Report on the bubonic plague in Bombay, 1896-1897
Year: 1896
Disease focus: Plague
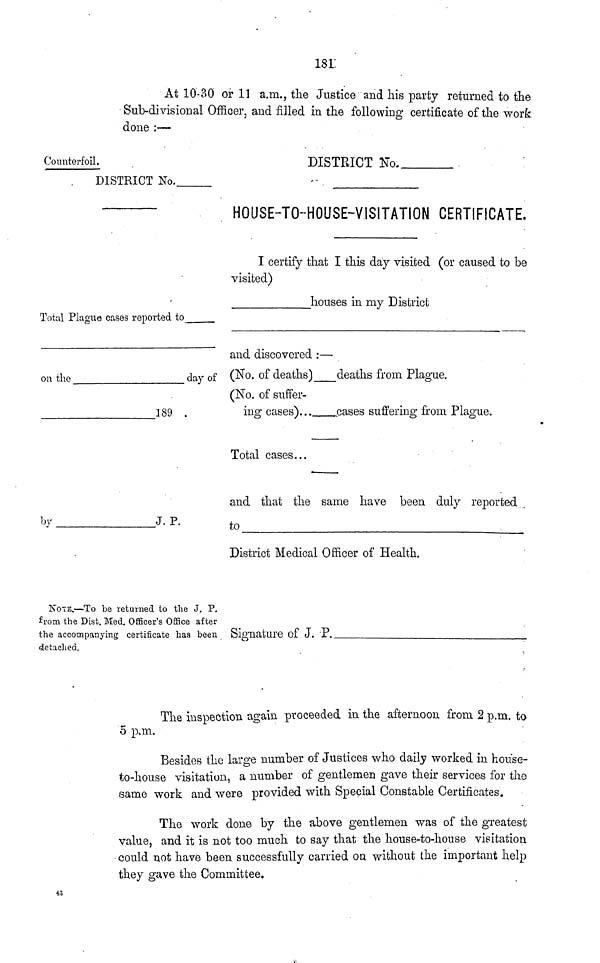
181
At 10-30 or 11 a.m., the Justice and his party returned to the
Sub-divisional Officer, and filled in the following certificate of the work
done :—
Counterfoil.
DISTRICT No.
DISTRICT No..
HOUSE-TO-HOUSE-VISITATION CERTIFICATE.
Total Plague cases reported to
on the
day of
189
by
J. P.
I certify that I this day visited (or caused to be
visited)
houses in my District
and discovered :—
(No. of deaths)
deaths from Plague.
(No. of suffer
ing cases)...
cases suffering from Plague.
Total cases...
and that the same have been duly reported
to
District Medical Officer of Health.
KOTE.—To be returned to the J. P.
from the Dist. Med. Officer's Office after
the accompanying certificate has been
detached.
Signature of J. P.
The inspection again proceeded in the afternoon from 2 p.m. to
o p.m.
Besides the large number of Justices who daily worked in house-
to-house visitation, a number of gentlemen gave their services for the
same work and were provided with Special Constable Certificates.
The work done by the above gentlemen was of the greatest
value, and it is not too much to say that the house-to-house visitation
could not have been successfully carried on without the important help
they gave the Committee.
48